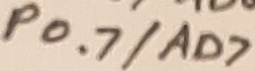
Text: P0.7/AD7